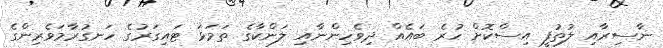
ނާސިރާއި ލުތުފީ އިސްކޮށް ހުރެ ބައެއް ދިވެހިންނާއި ލަންކާގެ ތަމަޅަ ޓައިގަރުގެ ހަނގުރާމަވެރިންގެ